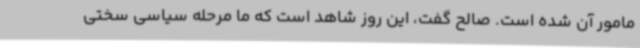
مامور آن شده است. صالح گفت، این روز شاهد است که ما مرحله سیاسی سختی